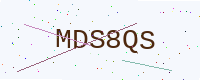
Text: MDS8QS